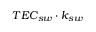
T E C _ { s w } \cdot k _ { s w }